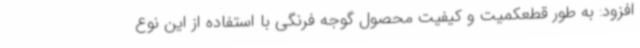
افزود: به طور قطعکمیت و کیفیت محصول گوجه فرنگی با استفاده از این نوع